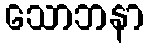
သောဘနာ